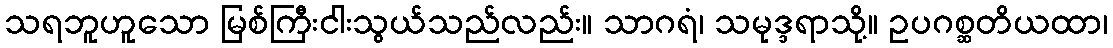
သရဘူဟူသော မြစ်ကြီးငါးသွယ်သည်လည်း။ သာဂရံ၊ သမုဒ္ဒရာသို့။ ဥပဂစ္ဆတိယထာ၊